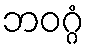
ဘဝဂ္ဂံ